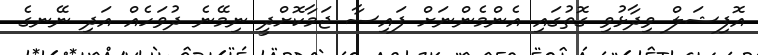
އޮފިޝަލް ވިދާޅުވި ގޮތުގައި އެންމެންނަށް ފައިސާ ޖަމާކޮށްދީ ނިމޭނެ ދުވަހެއް އަދި ނޭނގެ